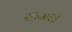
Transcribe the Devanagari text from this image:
स्तनाशी